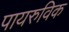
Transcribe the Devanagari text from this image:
पायरुविक